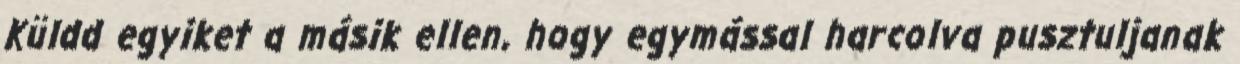
Küldd egyiket a másik ellen, hogy egymással harcolva pusztuljanak